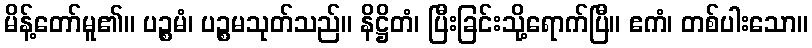
မိန့်တော်မူ၏။ ပဉ္စမံ၊ ပဉ္စမသုတ်သည်။ နိဋ္ဌိတံ၊ ပြီးခြင်းသို့ရောက်ပြီ။ ဧကံ၊ တစ်ပါးသော။